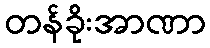
တန်ခိုးအာဏာ